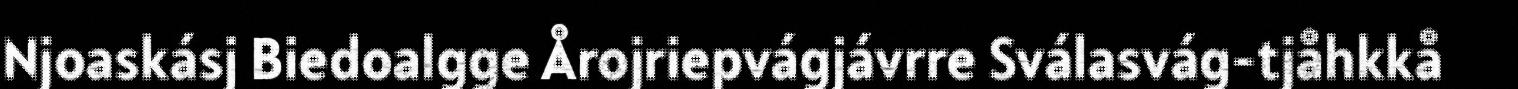
Njoaskásj Biedoalgge Årojriepvágjávrre Sválasvág-tjåhkkå